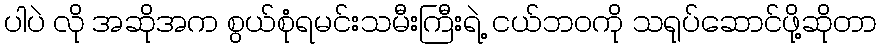
ပါပဲ လို အဆိုအက စွယ်စုံရမင်းသမီးကြီးရဲ့ ငယ်ဘဝကို သရုပ်ဆောင်ဖို့ဆိုတာ